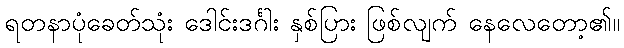
ရတနာပုံခေတ်သုံး ဒေါင်းဒင်္ဂါး နှစ်ပြား ဖြစ်လျက် နေလေတော့၏။